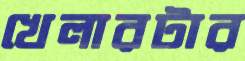
খেলারটার